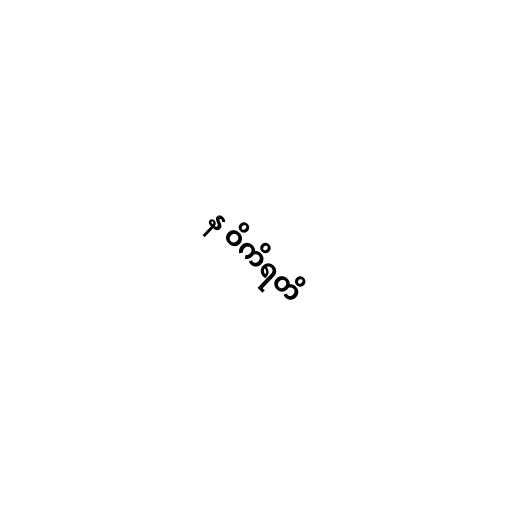
န ဝိကိရတိ